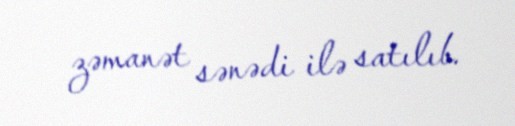
zəmanət sənədi ilə satılıb.